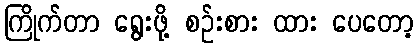
ကြိုက်တာ ရွေးဖို့ စဉ်းစား ထား ပေတော့